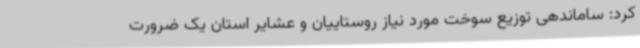
کرد: ساماندهی توزیع سوخت مورد نیاز روستاییان و عشایر استان یک ضرورت